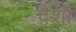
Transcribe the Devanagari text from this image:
दैशों